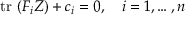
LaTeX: \mathrm { t r } \ ( F _ { i } Z ) + c _ { i } = 0 , \quad i = 1 , \dots , n